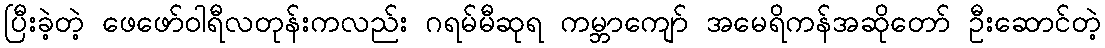
ပြီးခဲ့တဲ့ ဖေဖော်ဝါရီလတုန်းကလည်း ဂရမ်မီဆုရ ကမ္ဘာကျော် အမေရိကန်အဆိုတော် ဦးဆောင်တဲ့